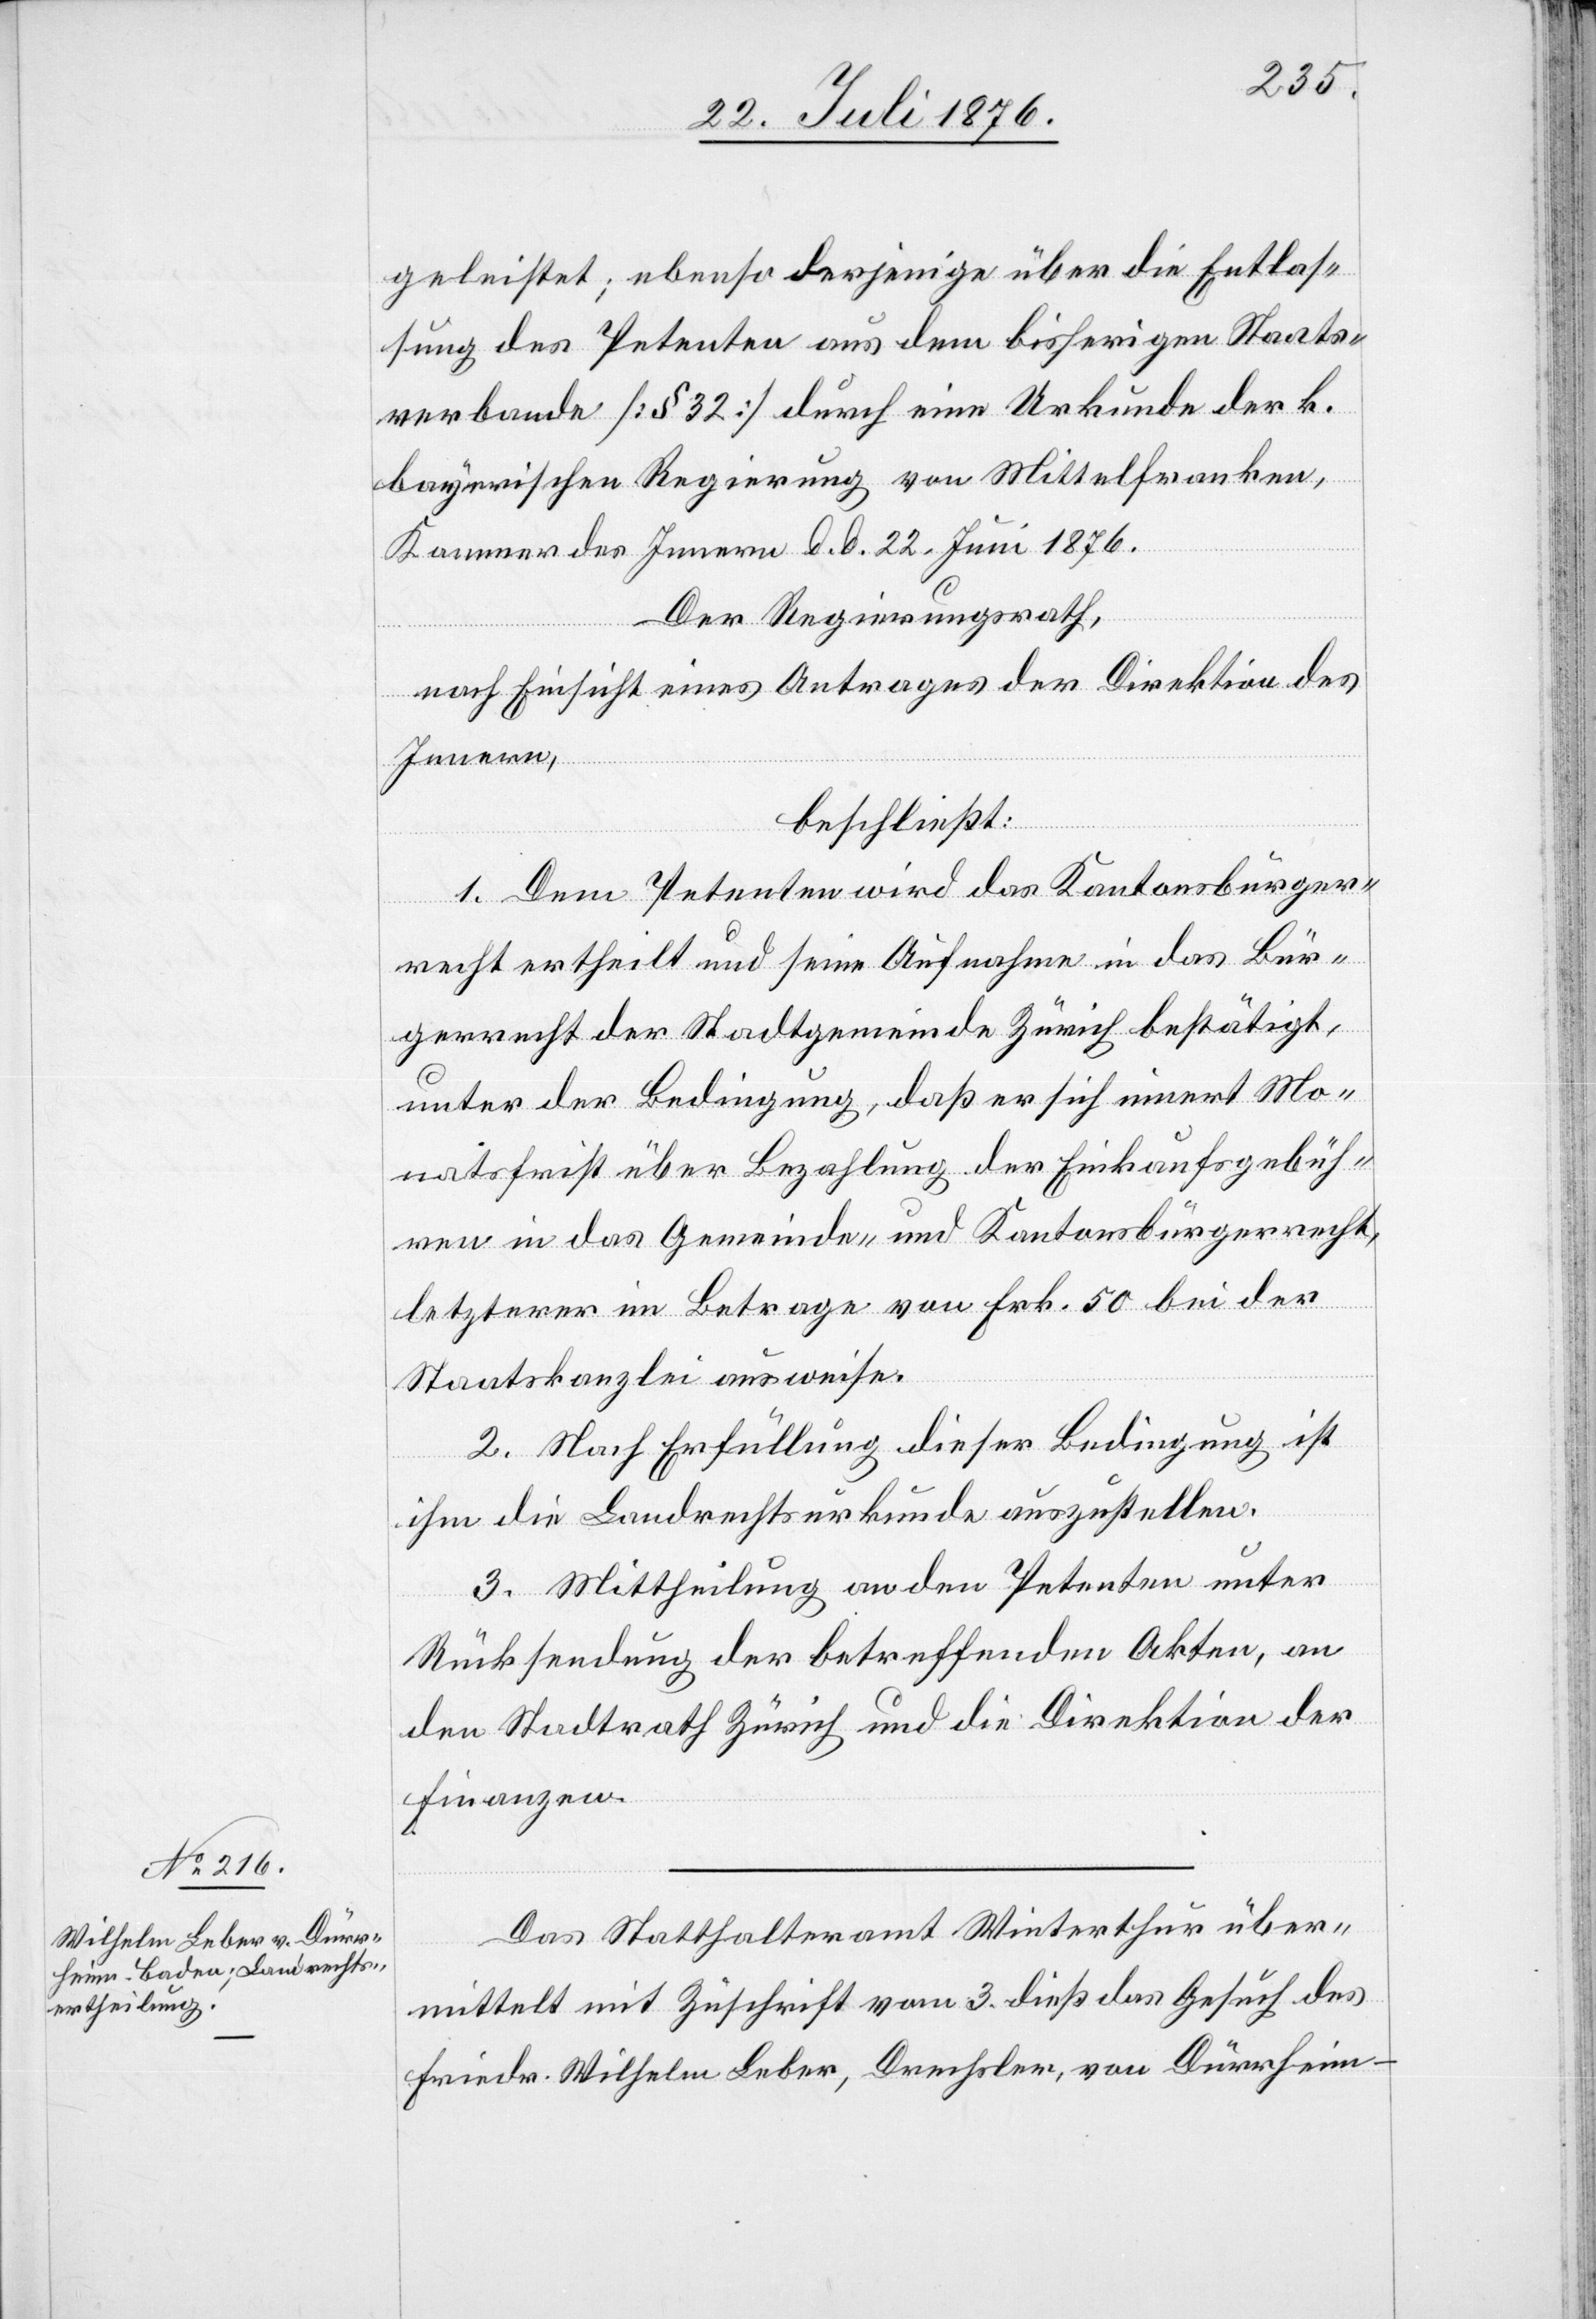
Das Statthalteramt Winterthur über¬
mittelt mit Zuschrift vom 3. dieß das Gesuch des
Friedr. Wilhelm Leber, Drescher, von Dürrheim -